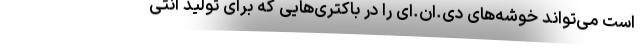
است می‌تواند خوشه‌های دی.ان.ای را در باکتری‌هایی که برای تولید آنتی